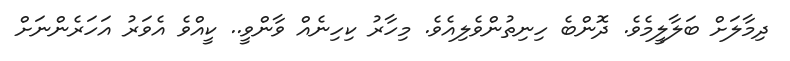
ދިމާލަށް ބަލާލީމެވެ. ދޮންބެ ހިނިތުންވެލިއެވެ. މިހާރު ކިހިނެއް ވާންވީ.. ކީއްވެ އެވަރު އަހަރެންނަށް